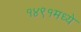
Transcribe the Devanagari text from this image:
१४९१मध्ये